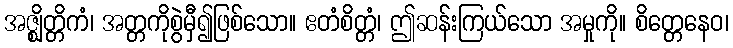
အဇ္ဈိတ္တိကံ၊ အတ္တကိုစွဲမှီ၍ဖြစ်သော။ ဧတံစိတ္တံ၊ ဤဆန်းကြယ်သော အမှုကို။ စိတ္တေနေဝ၊